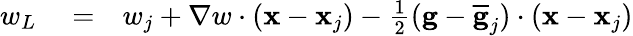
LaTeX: \begin{array}{rlr}{w_{L}}&{{}=}&{w_{j}+\nabla w\cdot({\mathbf x}-{\mathbf x}_{j})-\frac{1}{2}({\mathbf g}-\overline{{\mathbf g}}_{j})\cdot({\mathbf x}-{\mathbf x}_{j})}\end{array}